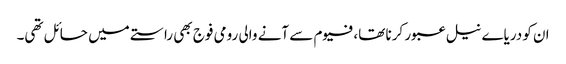
ان کو دریاے نیل عبور کرنا تھا،فیوم سے آنے والی رومی فوج بھی راستے میں حائل تھی۔